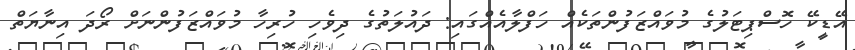
އޭޑީކޭ ހޮސްޕިޓަލުގެ މުވައްޒަފުންތަކެއް ހަފްލާއެއްގައި: ދައުލަތުގެ ދިވެހި ހުރިހާ މުވައްޒަފުންނަށް ރޯދަ އިނާޔަތް